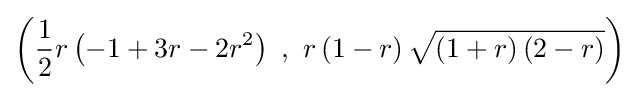
\left({\frac {1}{2}}r\left(-1+3r-2r^{2}\right)~,~r\left(1-r\right){\sqrt {\left(1+r\right)\left(2-r\right)}}\right)